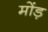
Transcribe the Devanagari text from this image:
मोंड़